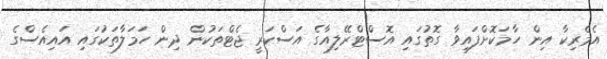
އެމެރިކާ އިން ހާމަކޮށްފައިވާ ގޮތުގައި އޮސްޓްރޭލިއާގެ އަސްކަރީ ޖެޓްތަކުން ދިން ހަމަލާތަކުގައި އައިއެސްގެ